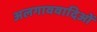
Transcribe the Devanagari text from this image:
अलगाववादिओं